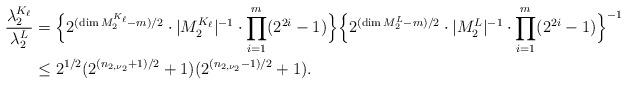
LaTeX: \begin{align*} \frac{\lambda_2^{K_{\ell}}}{\lambda_2^L}&=\Bigl\{2^{(\dim M_2^{K_{\ell}}-m)/2}\cdot|M_2^{K_{\ell}}|^{-1}\cdot\prod_{i=1}^{m}(2^{2i}-1)\Bigr\}\Bigl\{2^{(\dim M_2^L-m)/2}\cdot|M_2^L|^{-1}\cdot\prod_{i=1}^{m}(2^{2i}-1)\Bigr\}^{-1}\\ &\leq 2^{1/2}(2^{(n_{2,\nu_2}+1)/2}+1)(2^{(n_{2,\nu_2}-1)/2}+1).\end{align*}